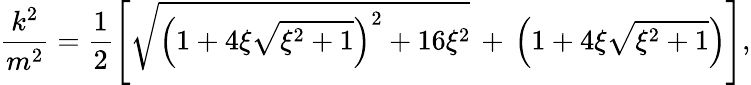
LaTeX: \frac{k^{2}}{m^{2}}=\frac{1}{2}\left[\sqrt{\left(1+4\xi\sqrt{\xi^{2}+1}\right)^{2}+16\xi^{2}}\, +\, \left(1+4\xi\sqrt{\xi^{2}+1}\right)\right],